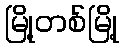
မြို့တစ်မြို့